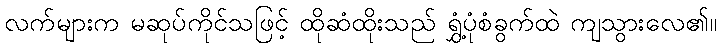
လက်များက မဆုပ်ကိုင်သဖြင့် ထိုဆံထိုးသည် ရွှံ့ပုံစံခွက်ထဲ ကျသွားလေ၏။